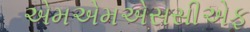
એમએમએસસીએફ